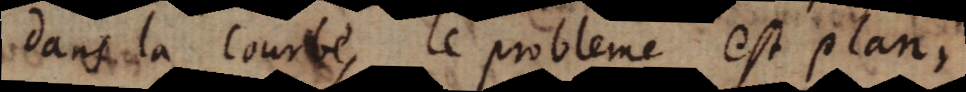
dans la Courbe, le probleme est plan,